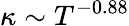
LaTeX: \kappa\sim T^{-0.88}